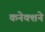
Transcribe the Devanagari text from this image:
कनेक्शने